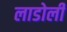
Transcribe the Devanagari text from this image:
लाडोली